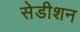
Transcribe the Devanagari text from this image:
सेडीशन